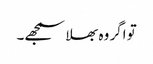
تو اگر وہ بھلا سمجھے۔